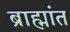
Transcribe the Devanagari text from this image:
ब्राह्मांत